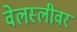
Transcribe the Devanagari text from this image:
वेलस्लीवर